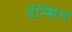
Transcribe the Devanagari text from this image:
डॅन्सिंग